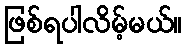
ဖြစ်ရပါလိမ့်မယ်။